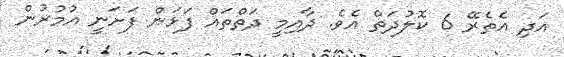
އަދި އެތެރޭ 6 ކޮލުދަތް އެވެ. ދާއިމީ ދަތްތައް ފަޅަން ފަށަނީ އުމުރުން